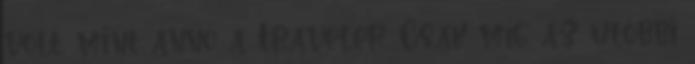
volt, mint annó a Traveler. Csak míg az utóbbi